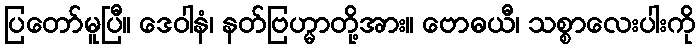
ပြတော်မူပြီ။ ဒေဝါနံ၊ နတ်ဗြဟ္မာတို့အား။ ဗောဓယီ၊ သစ္စာလေးပါးကို